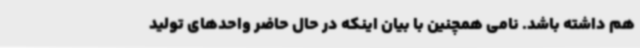
هم داشته باشد. نامی همچنین با بیان اینکه در حال حاضر واحدهای تولید